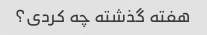
هفته گذشته چه کردی؟